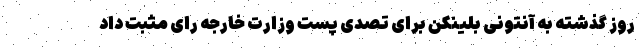
روز گذشته به آنتونی بلینکن برای تصدی پست وزارت خارجه رای مثبت داد